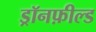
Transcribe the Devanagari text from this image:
ड्रॉनफ़ील्ड